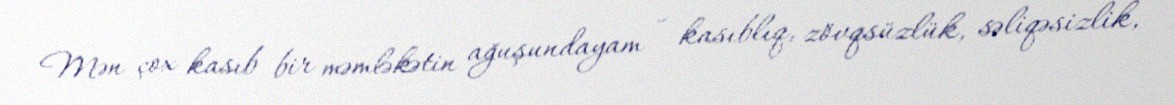
Mən çox kasıb bir məmləkətin ağuşundayam - kasıblıq, zövqsüzlük, səliqəsizlik,